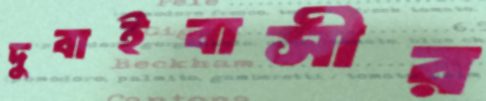
দুবাইবাসীর